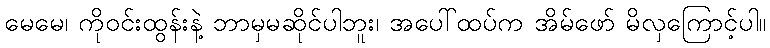
မေမေ၊ ကိုဝင်းထွန်းနဲ့ ဘာမှမဆိုင်ပါဘူး၊ အပေါ်ထပ်က အိမ်ဖော် မိလှကြောင့်ပါ။